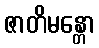
ဇာတိမန္တော